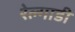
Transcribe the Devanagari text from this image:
रेल्गाडी